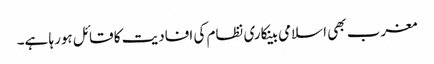
مغرب بھی اسلامی بینکاری نظام کی افادیت کا قائل ہورہا ہے۔